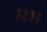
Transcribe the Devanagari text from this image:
३३३२